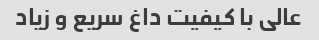
عالی با کیفیت داغ سریع و زیاد